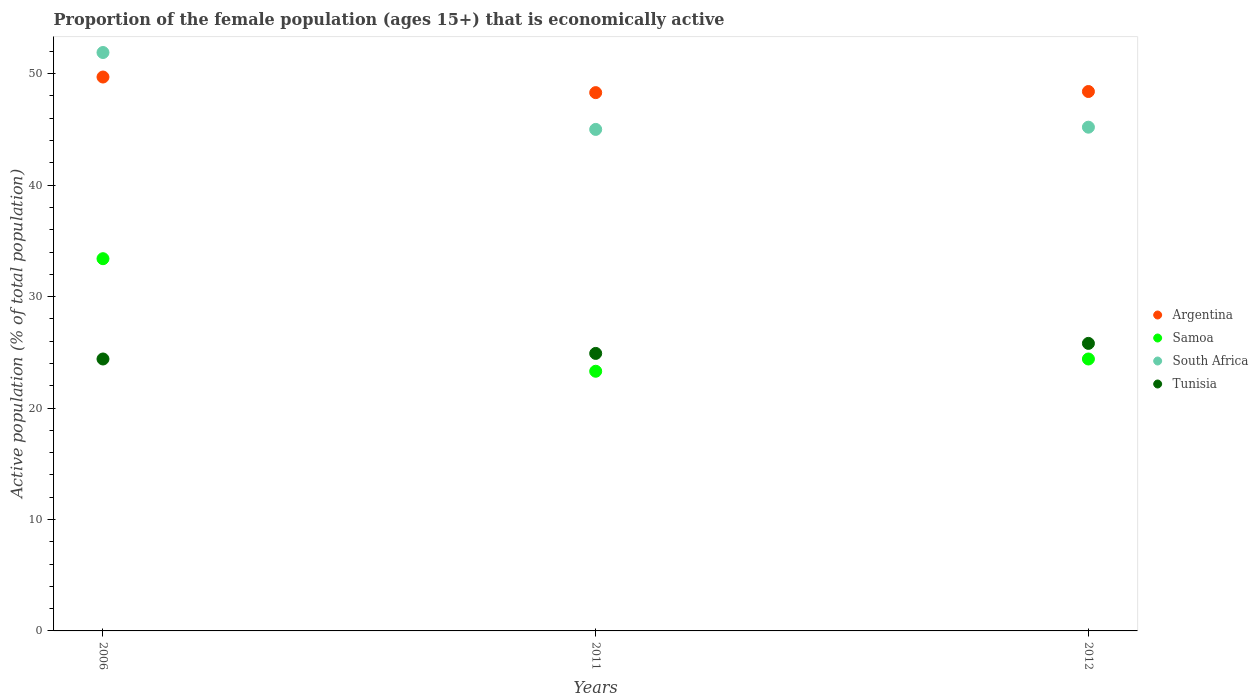
| Years | Argentina | Samoa | South Africa | Tunisia |
 | --- | --- | --- | --- | --- |
 | 2006 | 49.7 | 33.4 | 51.9 | 24.4 |
 | 2011 | 48.3 | 23.3 | 45 | 24.9 |
 | 2012 | 48.4 | 24.4 | 45.2 | 25.8 |